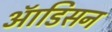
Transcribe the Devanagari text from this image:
ऑडिसन